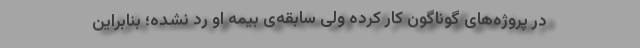
در پروژه‌های گوناگون کار کرده ولی سابقه‌ی بیمه او رد نشده؛ بنابراین